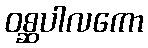
ဝစ္ဆပါလကော